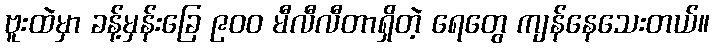
ဗူးထဲမှာ ခန့်မှန်းခြေ ၉၀၀ မီလီလီတာရှိတဲ့ ရေတွေ ကျန်နေသေးတယ်။